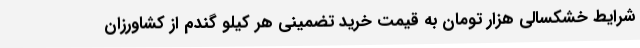
شرایط خشکسالی هزار تومان به قیمت خرید تضمینی هر کیلو گندم از کشاورزان